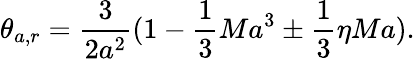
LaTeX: \theta_{a,r}=\frac{3}{2a^{2}}(1-\frac{1}{3}Ma^{3}\pm\frac{1}{3}\eta Ma).